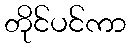
တိုင်ပင်ကာ